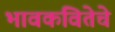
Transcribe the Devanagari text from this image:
भावकवितेचे